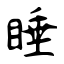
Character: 睡